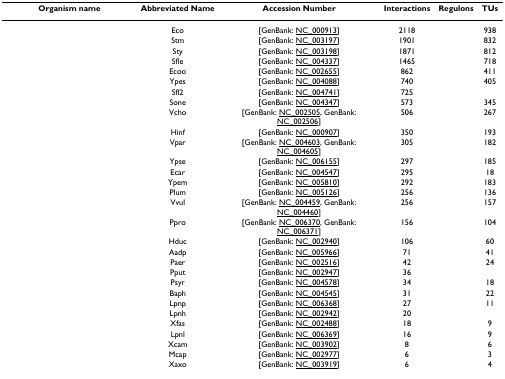
<table><thead><tr><td><b>Organism name</b></td><td><b>Abbreviated Name</b></td><td><b>Accession Number</b></td><td><b>Interactions</b></td><td><b>Regulons</b></td><td><b>TUs</b></td></tr></thead><tbody><tr><td>[EMPTY_CELL]</td><td>Eco</td><td>[GenBank: NC_000913]</td><td>2118</td><td>[EMPTY_CELL]</td><td>938</td></tr><tr><td>[EMPTY_CELL]</td><td>Stm</td><td>[GenBank: NC_003197]</td><td>1901</td><td>[EMPTY_CELL]</td><td>832</td></tr><tr><td>[EMPTY_CELL]</td><td>Sty</td><td>[GenBank: NC_003198]</td><td>1871</td><td>[EMPTY_CELL]</td><td>812</td></tr><tr><td>[EMPTY_CELL]</td><td>Sfle</td><td>[GenBank: NC_004337]</td><td>1465</td><td>[EMPTY_CELL]</td><td>718</td></tr><tr><td>[EMPTY_CELL]</td><td>Ecoo</td><td>[GenBank: NC_002655]</td><td>862</td><td>[EMPTY_CELL]</td><td>411</td></tr><tr><td>[EMPTY_CELL]</td><td>Ypes</td><td>[GenBank: NC_004088]</td><td>740</td><td>[EMPTY_CELL]</td><td>405</td></tr><tr><td>[EMPTY_CELL]</td><td>Sfl2</td><td>[GenBank: NC_004741]</td><td>725</td><td>[EMPTY_CELL]</td><td>[EMPTY_CELL]</td></tr><tr><td>[EMPTY_CELL]</td><td>Sone</td><td>[GenBank: NC_004347]</td><td>573</td><td>[EMPTY_CELL]</td><td>345</td></tr><tr><td>[EMPTY_CELL]</td><td>Vcho</td><td>[GenBank: NC_002505, GenBank: NC_002506]</td><td>506</td><td>[EMPTY_CELL]</td><td>267</td></tr><tr><td>[EMPTY_CELL]</td><td>Hinf</td><td>[GenBank: NC_000907]</td><td>350</td><td>[EMPTY_CELL]</td><td>193</td></tr><tr><td>[EMPTY_CELL]</td><td>Vpar</td><td>[GenBank: NC_004603, GenBank: NC_004605]</td><td>305</td><td>[EMPTY_CELL]</td><td>182</td></tr><tr><td>[EMPTY_CELL]</td><td>Ypse</td><td>[GenBank: NC_006155]</td><td>297</td><td>[EMPTY_CELL]</td><td>185</td></tr><tr><td>[EMPTY_CELL]</td><td>Ecar</td><td>[GenBank: NC_004547]</td><td>295</td><td>[EMPTY_CELL]</td><td>18</td></tr><tr><td>[EMPTY_CELL]</td><td>Ypem</td><td>[GenBank: NC_005810]</td><td>292</td><td>[EMPTY_CELL]</td><td>183</td></tr><tr><td>[EMPTY_CELL]</td><td>Plum</td><td>[GenBank: NC_005126]</td><td>256</td><td>[EMPTY_CELL]</td><td>136</td></tr><tr><td>[EMPTY_CELL]</td><td>Vvul</td><td>[GenBank: NC_004459, GenBank: NC_004460]</td><td>256</td><td>[EMPTY_CELL]</td><td>157</td></tr><tr><td>[EMPTY_CELL]</td><td>Ppro</td><td>[GenBank: NC_006370, GenBank: NC_006371]</td><td>156</td><td>[EMPTY_CELL]</td><td>104</td></tr><tr><td>[EMPTY_CELL]</td><td>Hduc</td><td>[GenBank: NC_002940]</td><td>106</td><td>[EMPTY_CELL]</td><td>60</td></tr><tr><td>[EMPTY_CELL]</td><td>Aadp</td><td>[GenBank: NC_005966]</td><td>71</td><td>[EMPTY_CELL]</td><td>41</td></tr><tr><td>[EMPTY_CELL]</td><td>Paer</td><td>[GenBank: NC_002516]</td><td>42</td><td>[EMPTY_CELL]</td><td>24</td></tr><tr><td>[EMPTY_CELL]</td><td>Pput</td><td>[GenBank: NC_002947]</td><td>36</td><td>[EMPTY_CELL]</td><td>[EMPTY_CELL]</td></tr><tr><td>[EMPTY_CELL]</td><td>Psyr</td><td>[GenBank: NC_004578]</td><td>34</td><td>[EMPTY_CELL]</td><td>18</td></tr><tr><td>[EMPTY_CELL]</td><td>Baph</td><td>[GenBank: NC_004545]</td><td>31</td><td>[EMPTY_CELL]</td><td>22</td></tr><tr><td>[EMPTY_CELL]</td><td>Lpnp</td><td>[GenBank: NC_006368]</td><td>27</td><td>[EMPTY_CELL]</td><td>11</td></tr><tr><td>[EMPTY_CELL]</td><td>Lpnh</td><td>[GenBank: NC_002942]</td><td>20</td><td>[EMPTY_CELL]</td><td>[EMPTY_CELL]</td></tr><tr><td>[EMPTY_CELL]</td><td>Xfas</td><td>[GenBank: NC_002488]</td><td>18</td><td>[EMPTY_CELL]</td><td>9</td></tr><tr><td>[EMPTY_CELL]</td><td>Lpnl</td><td>[GenBank: NC_006369]</td><td>16</td><td>[EMPTY_CELL]</td><td>9</td></tr><tr><td>[EMPTY_CELL]</td><td>Xcam</td><td>[GenBank: NC_003902]</td><td>8</td><td>[EMPTY_CELL]</td><td>6</td></tr><tr><td>[EMPTY_CELL]</td><td>Mcap</td><td>[GenBank: NC_002977]</td><td>6</td><td>[EMPTY_CELL]</td><td>3</td></tr><tr><td>[EMPTY_CELL]</td><td>Xaxo</td><td>[GenBank: NC_003919]</td><td>6</td><td>[EMPTY_CELL]</td><td>4</td></tr></tbody></table>